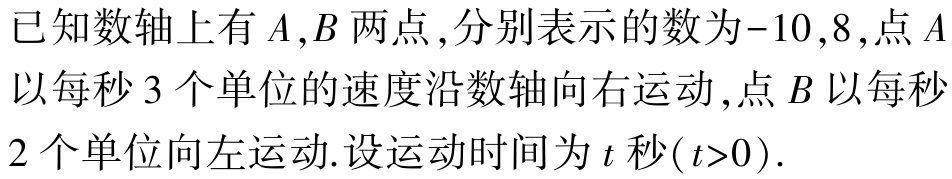
已知数轴上有\(A,B\)两点,分别表示的数为\(-10,8\),点\(A\)以每秒\(3\)个单位的速度沿数轴向右运动,点\(B\)以每秒\(2\)个单位向左运动.设运动时间为\(t\)秒(\(t>0\)).